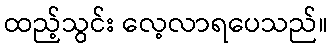
ထည့်သွင်း လေ့လာရပေသည်။